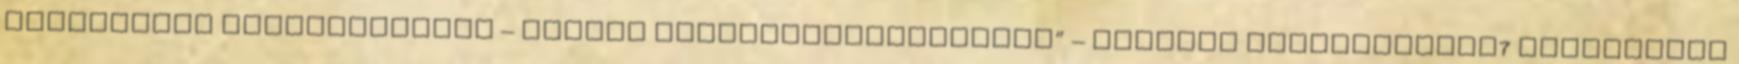
Huntington neoweberiánus – erősen „kultúrdeterminista” – eredeti álláspontját7 némiképpen